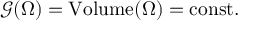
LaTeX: { \mathcal { G } } ( \Omega ) = { \mathrm { V o l u m e } } ( \Omega ) = { \mathrm { c o n s t . } }